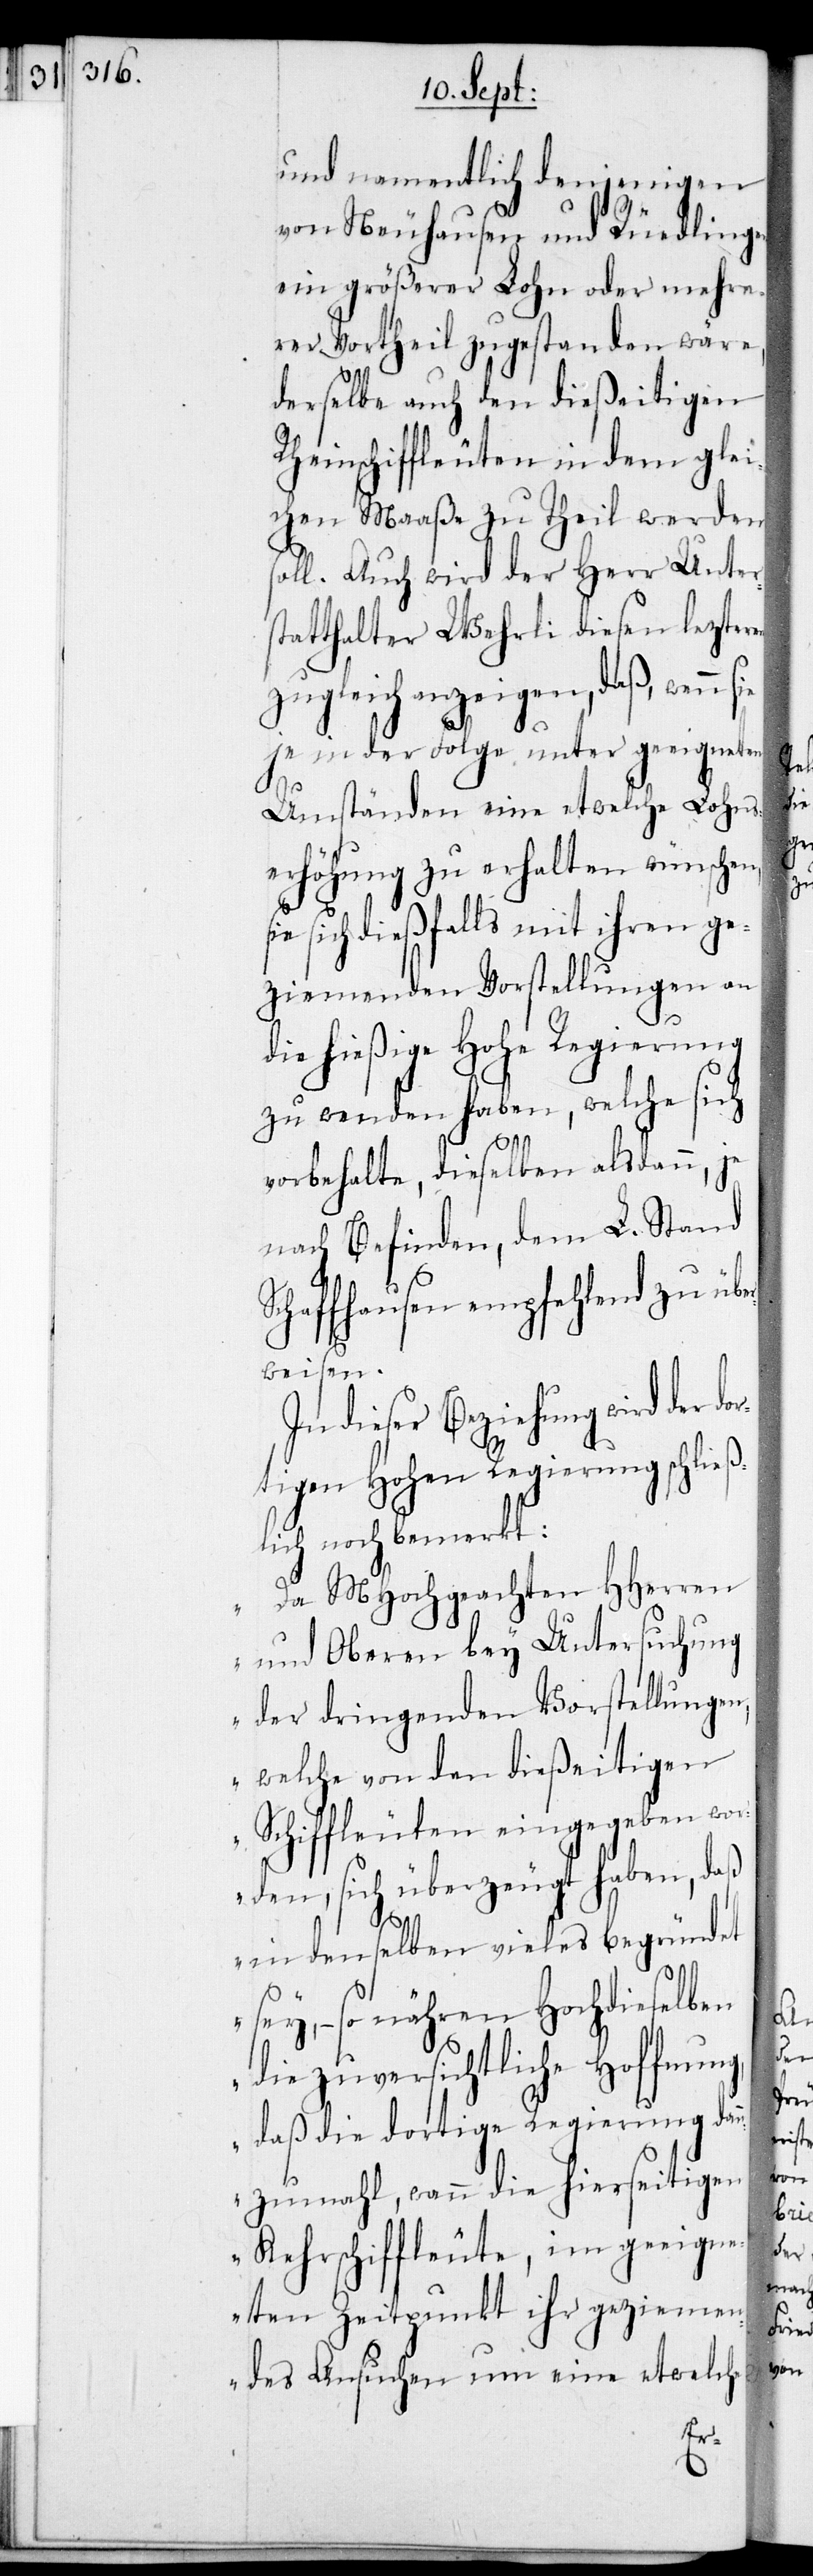
und namentlich denjenigen
von Neuhausen und Rüedlingen
ein größerer Lohn oder mehre¬
rer Vortheil zugestanden wäre,
derselbe auch den dießeitigen
Rheinschiffleuten in dem gle¬
ichen Maaße zu Theil werden
oll. Auch wird der Herr Unter¬
statthalter Wehrli diesen lezter¬
zugleich anzeigen, daß, wenn
je in der Folge unter geeigneten
Umständen eine etwelche Lohns¬
erhöhung zu erhalten wünschen,
sich dießfalls mit ihren ge¬
ziemenden Vorstellungen an
die hießige Hohe Regierung
zu wenden haben, welche sich
vorbehalte, dieselben alsdann, je
nach Befinden, dem L. Stand
chaffhausen empfehlend zu üb¬
erweisen.
In dieser Beziehung wird der
tigen Hohen Regierung schließ¬
lich noch bemerkt:
„Da MHochgeachten HHerren
und Oberen bey Untersuchung
der dringenden Vorstellungen,
welche von den dießeitigen
Schiffleuten eingegeben wor¬
den, sich überzeugt haben, daß
in denselben vieles begründet
sey, – so nähren Hochdieselben
die zuversichtliche Hoffnung,
daß die dortige Regierung dan¬
nzumahl, wann die hierseitigen
Kehrschiffleute, im geeign¬
eten Zeitpunkt ihr geziemen¬
des Ansuchen um eine etwelche

dor¬
S¬

sie